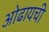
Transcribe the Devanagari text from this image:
ओढायची